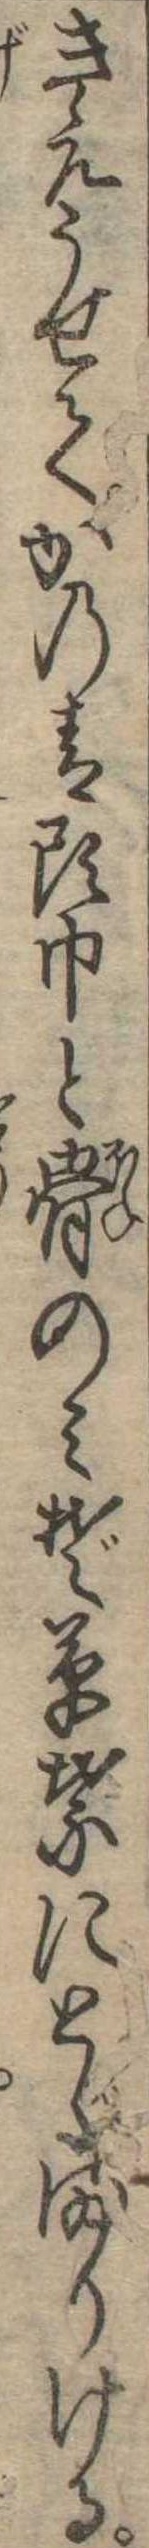
きえうせてかの青頭巾と骨のみぞ草葉にとゞまりける